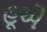
હૂએ